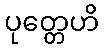
ပုတ္တေဟိ